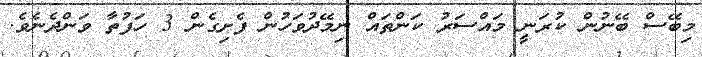
މިބޭސް ބޭނުން ކުރަނީ މައްސަރު ކަންތައް ނިމޭދުވަހުން ފެށިގެން 3 ހަފުތާ ވަންދެނެވެ.